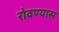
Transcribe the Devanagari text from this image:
रोवण्यास